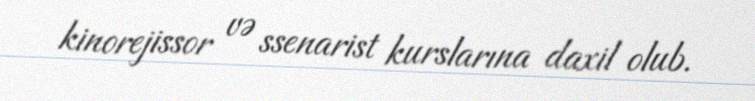
kinorejissor və ssenarist kurslarına daxil olub.